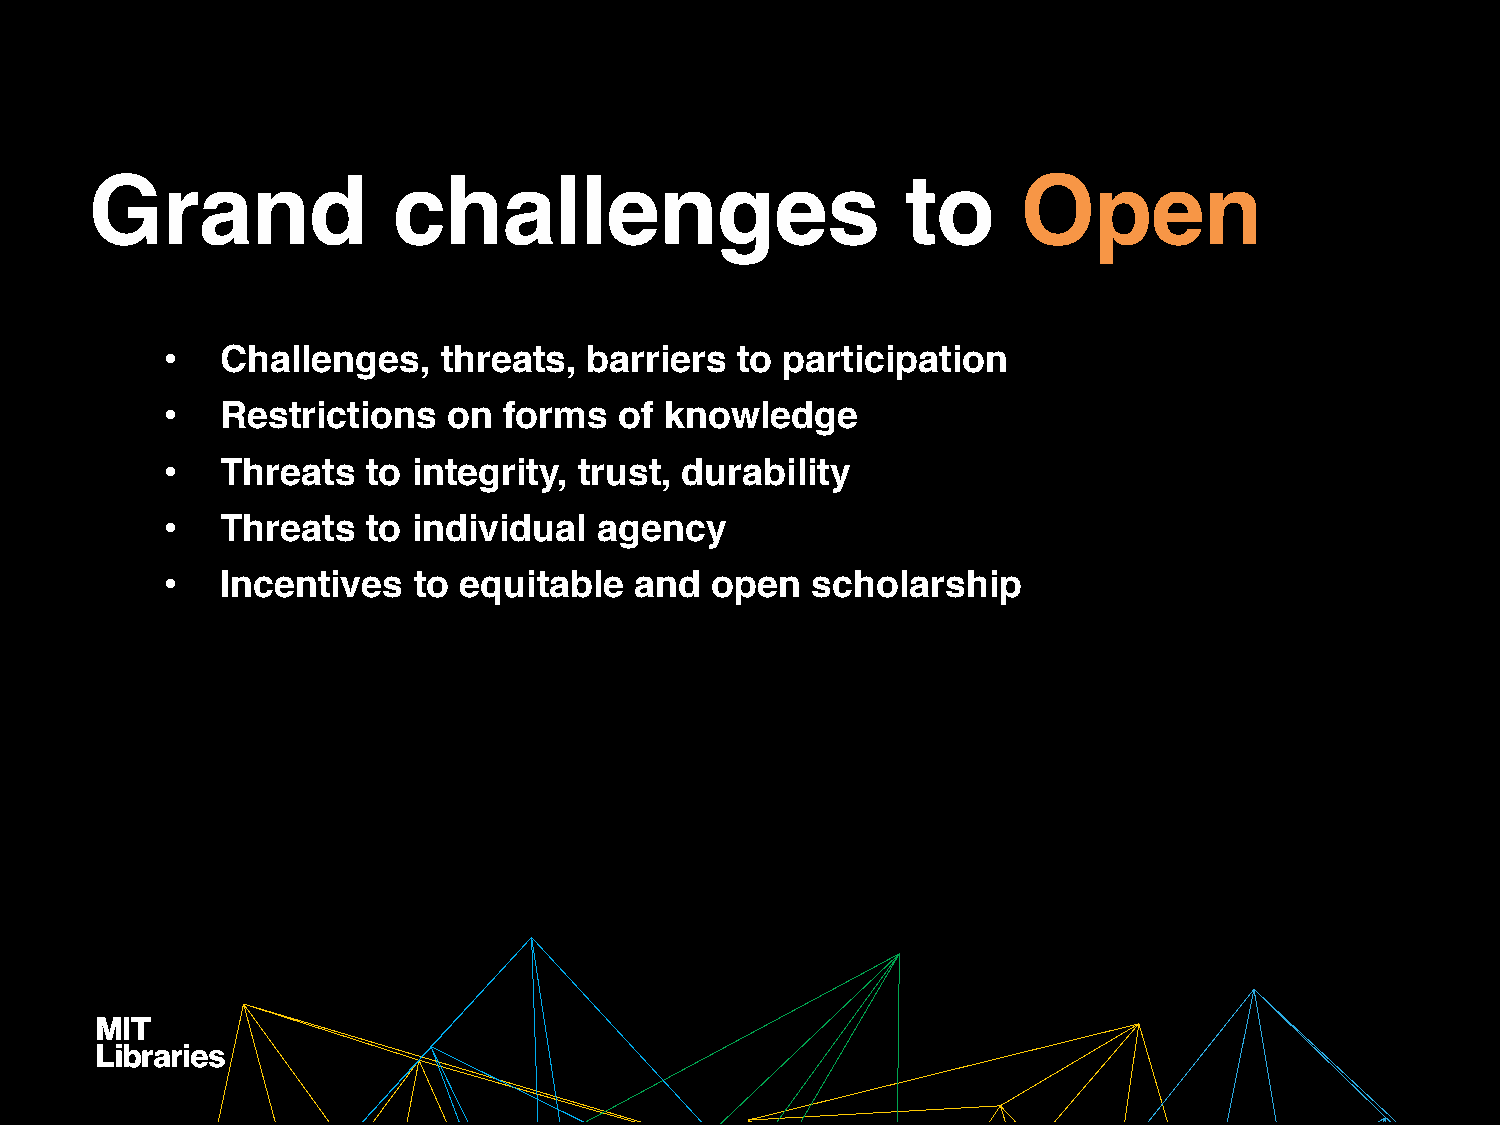
Grand               challenges                        to      Open
 •   Challenges,   threats,  barriers  to participation
 •   Restrictions   on forms   of knowledge
 •   Threats  to integrity, trust, durability
 •   Threats  to individual   agency
 •   Incentives  to equitable   and  open   scholarship